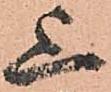
上